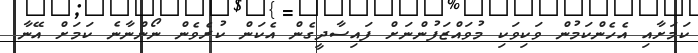
ކަމަށާއި އެހެންކަމުން ވަކިވަކި މުވައްޒަފުންނަށް ފައިސާދީގެން އެކަން ކުރެވެން ނޯންނާނެ ކަމަށް އޭނާ